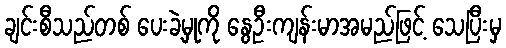
ချင်းစီသည်တစ် ပေးခဲ့မှုကို နွေဦးကျန်းမာအမည်ဖြင့် သေပြီးမှ